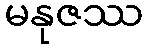
မနုဇဿ